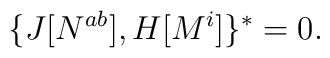
\{ J[N^{a b}], H[M^{i}] \}^{*} = 0 .